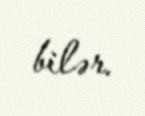
bilər.